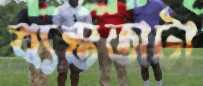
ব্যস্ততাটা